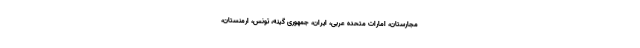
مجارستان، امارات متحده عربی، ایران، جمهوری گینه، تونس، ارمنستان،